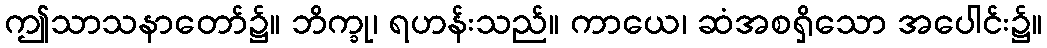
ဤသာသနာတော်၌။ ဘိက္ခု၊ ရဟန်းသည်။ ကာယေ၊ ဆံအစရှိသော အပေါင်း၌။